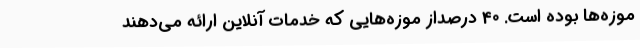
موزه‌ها بوده است. 40 درصداز موزه‌هایی که خدمات آنلاین ارائه می‌دهند